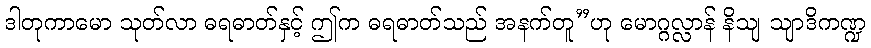
ဒါတုကာမော သုတ်လာ ဓရဓာတ်နှင့် ဤက ဓရဓာတ်သည် အနက်တူ”ဟု မောဂ္ဂလ္လာန် နိသျ သျာဒိကဏ္ဍ